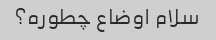
سلام اوضاع چطوره؟